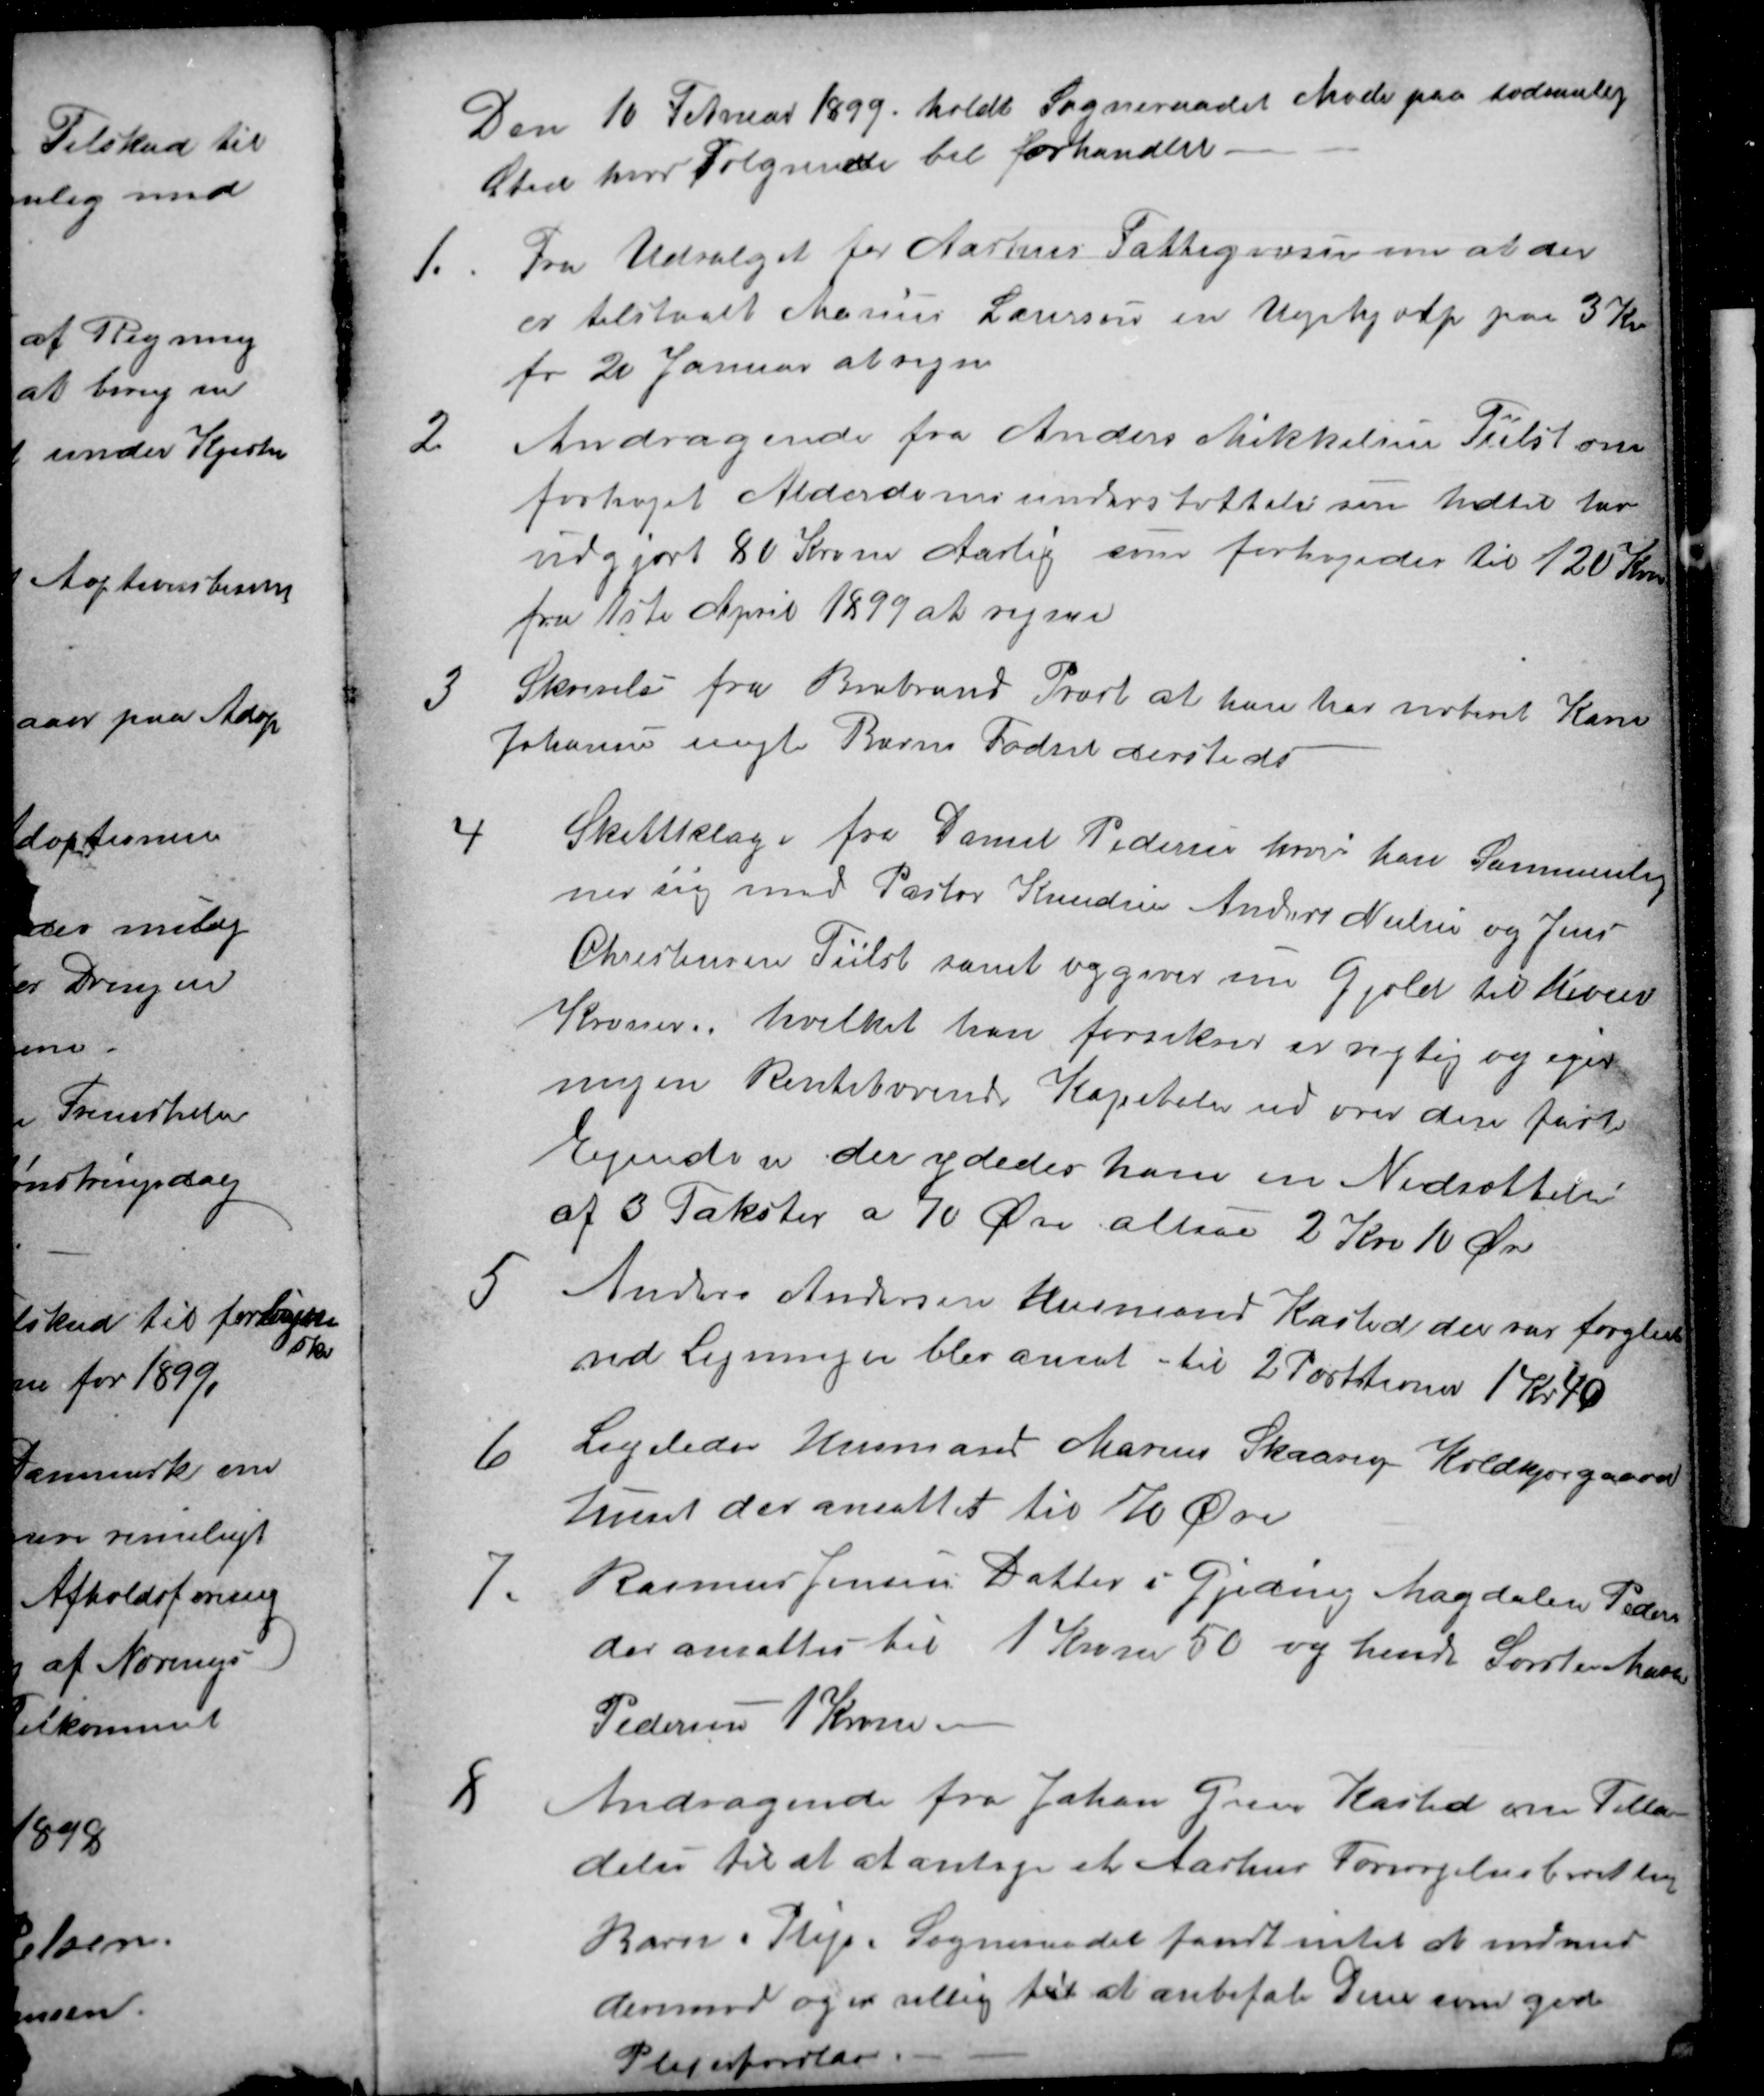
Transskription:
Den 10 Februar 1899. holdt Sogneraadet Møde paa sædvanlig
Sted hvor Følgende bel forhandlet.
1.
Fra Udvalget for Aarhus Fattigvæsen om at der
er tilstaaet Marius Laursen en Ugehjælp paa 3 Kr
fr 20 Januar at regne
2
Andragende fra Anders Mikkelsen Tiilst om
forhøjet Alderdomsunderstøttelse som hidtil har
udgjort 80 Kroner Aarlig som forhøjedes til 120 Kr.
fra 1ste April 1899 at regne
3
Skrivelse fra Brabrand Præst at han har noteret Karen
Johansens uægte Barns Fødsel dersteds
4
Skatteklage fra Daniel Pedersen hvori han Sammenlig
ner sig med Pastor Knudsen Anders Nielsen og Jens
Christensen Tiilst samt opgiver sin Gjæld til tusen
Kroner, hvilket han forsikrer er rigtig og ejer
ingen Rentebærende Kapitaler ud over den faste
Ejendom der ydedes ham en Nedsættelse
af 3 Takster a 70 Øre altsaa 2 Kr 10 Øre
5
Anders Andersen Husmand Kasted der var forglemt
ved Ligningen blev ansat til 2 Portitioner 1 Kr. 40
6
Ligeledes Husmand Marius Skaarup Koldkjærgaard
Huset der ansattes til 70 Øre
7.
Rasmus Jensens Datter i Gjeding Magdalene Peders
der ansattes til 1 Kroner 50 og hendes Søster Maren
Pedersen 1 Kroner
8
Andragende fra Johan Greve Kasted om Tilla-
delse til at at antage et Aarhus Forsørgelsesberettiget
Barn i Pleje. Sogneraadet fandt intet at indvend
derimod og er villig til at anbefale Dem som gode
Plejerfordlar